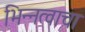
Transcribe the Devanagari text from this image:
भिन्नत्वाचा